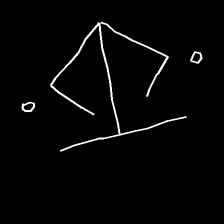
Glyph: earth